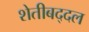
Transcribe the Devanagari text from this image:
शेतीबद्दल